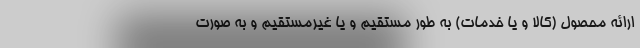
ارائه محصول (کالا و یا خدمات) به طور مستقیم و یا غیرمستقیم و به صورت